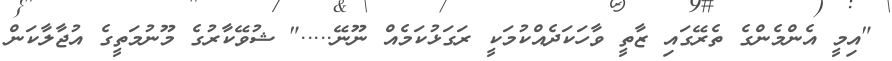
"އިމީ އެންމެންގެ ތެރޭގައި ޒާތީ ވާހަކަދެއްކުމަކީ ރަގަޅުކަމެއް ނޫނޭ....." ޝުވޭކާރުގެ މޫނުމަތީގެ އުޖާލާކަން